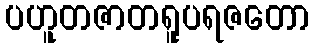
ပဟူတဇာတရူပရဇတော